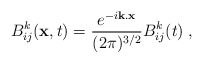
\begin{align*}B_{ij}^k({\bf x},t)=\frac{{ e}^{-i{\bf k}.{\bf x}}}{(2\pi)^{3/2}}B_{ij}^k(t)\;,\end{align*}